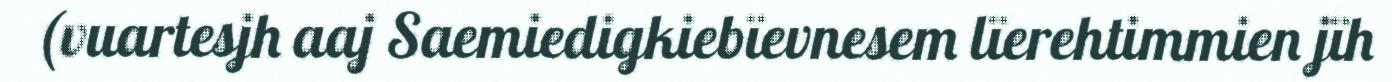
(vuartesjh aaj Saemiedigkiebïevnesem lïerehtimmien jïh